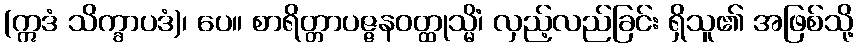
(ဣဒံ သိက္ခာပဒံ)၊ ပေ။ စာရိတ္တာပဇ္ဇနဝတ္ထုသ္မိံ၊ လှည့်လည်ခြင်း ရှိသူ၏ အဖြစ်သို့